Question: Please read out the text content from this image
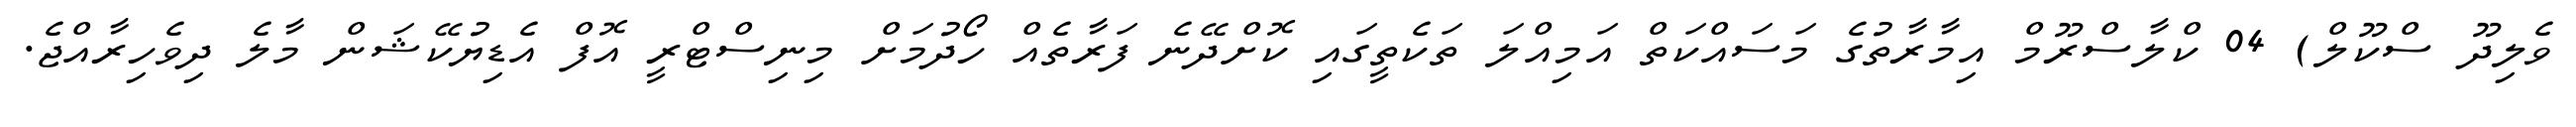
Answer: ވެލިދޫ ސްކޫލް) 04 ކްލާސްރޫމް އިމާރާތުގެ މަސައްކަތް އަމިއްލަ ތަކެތީގައި ކޮށްދޭނެ ފަރާތެއް ހޯދުމަށް މިނިސްޓްރީ އޮފް އެޑިޔުކޭޝަން މާލެ ދިވެހިރާއްޖެ.